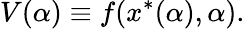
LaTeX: V(\alpha)\equiv f(x^{\ast}(\alpha),\alpha).